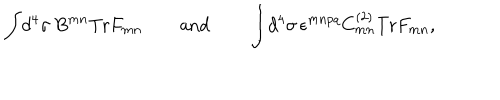
\int \! d ^ { 4 } \sigma \, B ^ { m n } \mathrm { T r } F _ { m n } \quad \quad \mathrm { a n d } \quad \quad \int \! d ^ { 4 } \sigma \, \epsilon ^ { m n p q } C _ { m n } ^ { ( 2 ) } \mathrm { T r } F _ { m n } ,